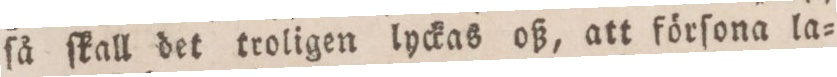
ſå ſkall det troligen lyckas oiß, att förſona la=